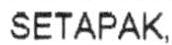
SETAPAK,